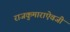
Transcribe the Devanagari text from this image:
राजकुमाराऐवजी